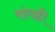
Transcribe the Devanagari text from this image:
रांगही